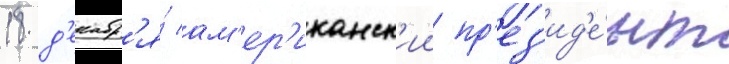
18 д'екабр'я́ ам'ер'иканск'ии пр'ез'ид'е́нт